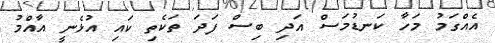
އެއްގަމު މަހާ ކަނޑުމަސް އަދި ބިސް ފަދަ ތަކެތި ކައި އުޅެނީ އާއްމު